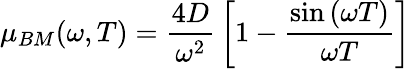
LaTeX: \mu_{BM}(\omega,T)={\frac{4D}{\omega^{2}}}\left[1-{\frac{\sin\left(\omega T\right)}{\omega T}}\right]